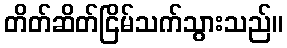
တိတ်ဆိတ်ငြိမ်သက်သွားသည်။